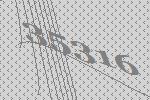
35316